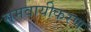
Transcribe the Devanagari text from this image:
समवायीकरण